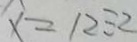
x = 1 2 \div 2